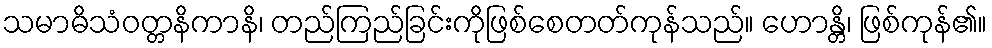
သမာဓိသံဝတ္တနိကာနိ၊ တည်ကြည်ခြင်းကိုဖြစ်စေတတ်ကုန်သည်။ ဟောန္တိ၊ ဖြစ်ကုန်၏။